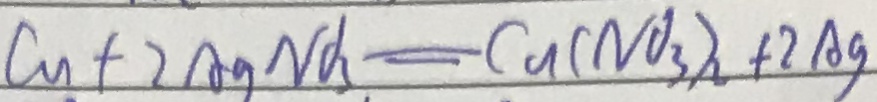
C u + 2 A g N d _ { 3 } = C u ( N O _ { 3 } ) _ { 2 } + 2 A g